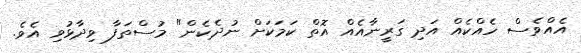
އެއްވެސް ހެއްކެއް އަދި ގަރީނާއެއް އޮތް ކަމަކަށް ނުދެކެން" މުސްތަފާ ވިދާޅުވި އެވެ.